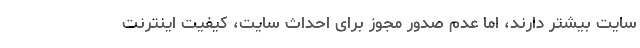
سایت بیشتر دارند، اما عدم صدور مجوز برای احداث سایت، کیفیت اینترنت